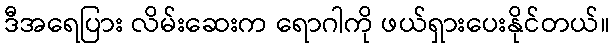
ဒီအရေပြား လိမ်းဆေးက ရောဂါကို ဖယ်ရှားပေးနိုင်တယ်။